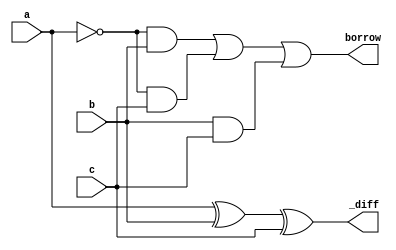
module fullAdder(a,b,c,_diff,borrow);
    input a,b,c;
    output _diff,borrow;
    assign _diff = a^b^c;
    assign borrow = ~a&b | ~a&c | b&c;
endmodule

module driver;
    reg a,b,c;
    wire _diff,borrow;
    fullAdder fa(a,b,c,_diff,borrow);
    initial begin
        a=0; b=0; c=0;
        #10
        a=0; b=0; c=1;
        #10
        a=0; b=1; c=0; 
        #10
        a=0; b=1;c=1;
        #10
        a=1; b=0;c=0;
        #10
        a=1; b=0;c=1;
        #10
        a=1; b=1;c=0;
        #10
        a=1; b=1;c=1;
        #10
        $finish;
    end
    initial begin
        $dumpfile("fullSub.vcd");
        $dumpvars(0,driver);
        $display("a\tb\tc\tDiff\tborrow");
        $monitor("%d\t%d\t%d\t%d\t%d",a,b,c,_diff,borrow);
    end
endmodule